DOW-UAP-D48, Department of the Air Force Report, 1996
Agency: Department of War
Incident date: 9/10/96
Page 34
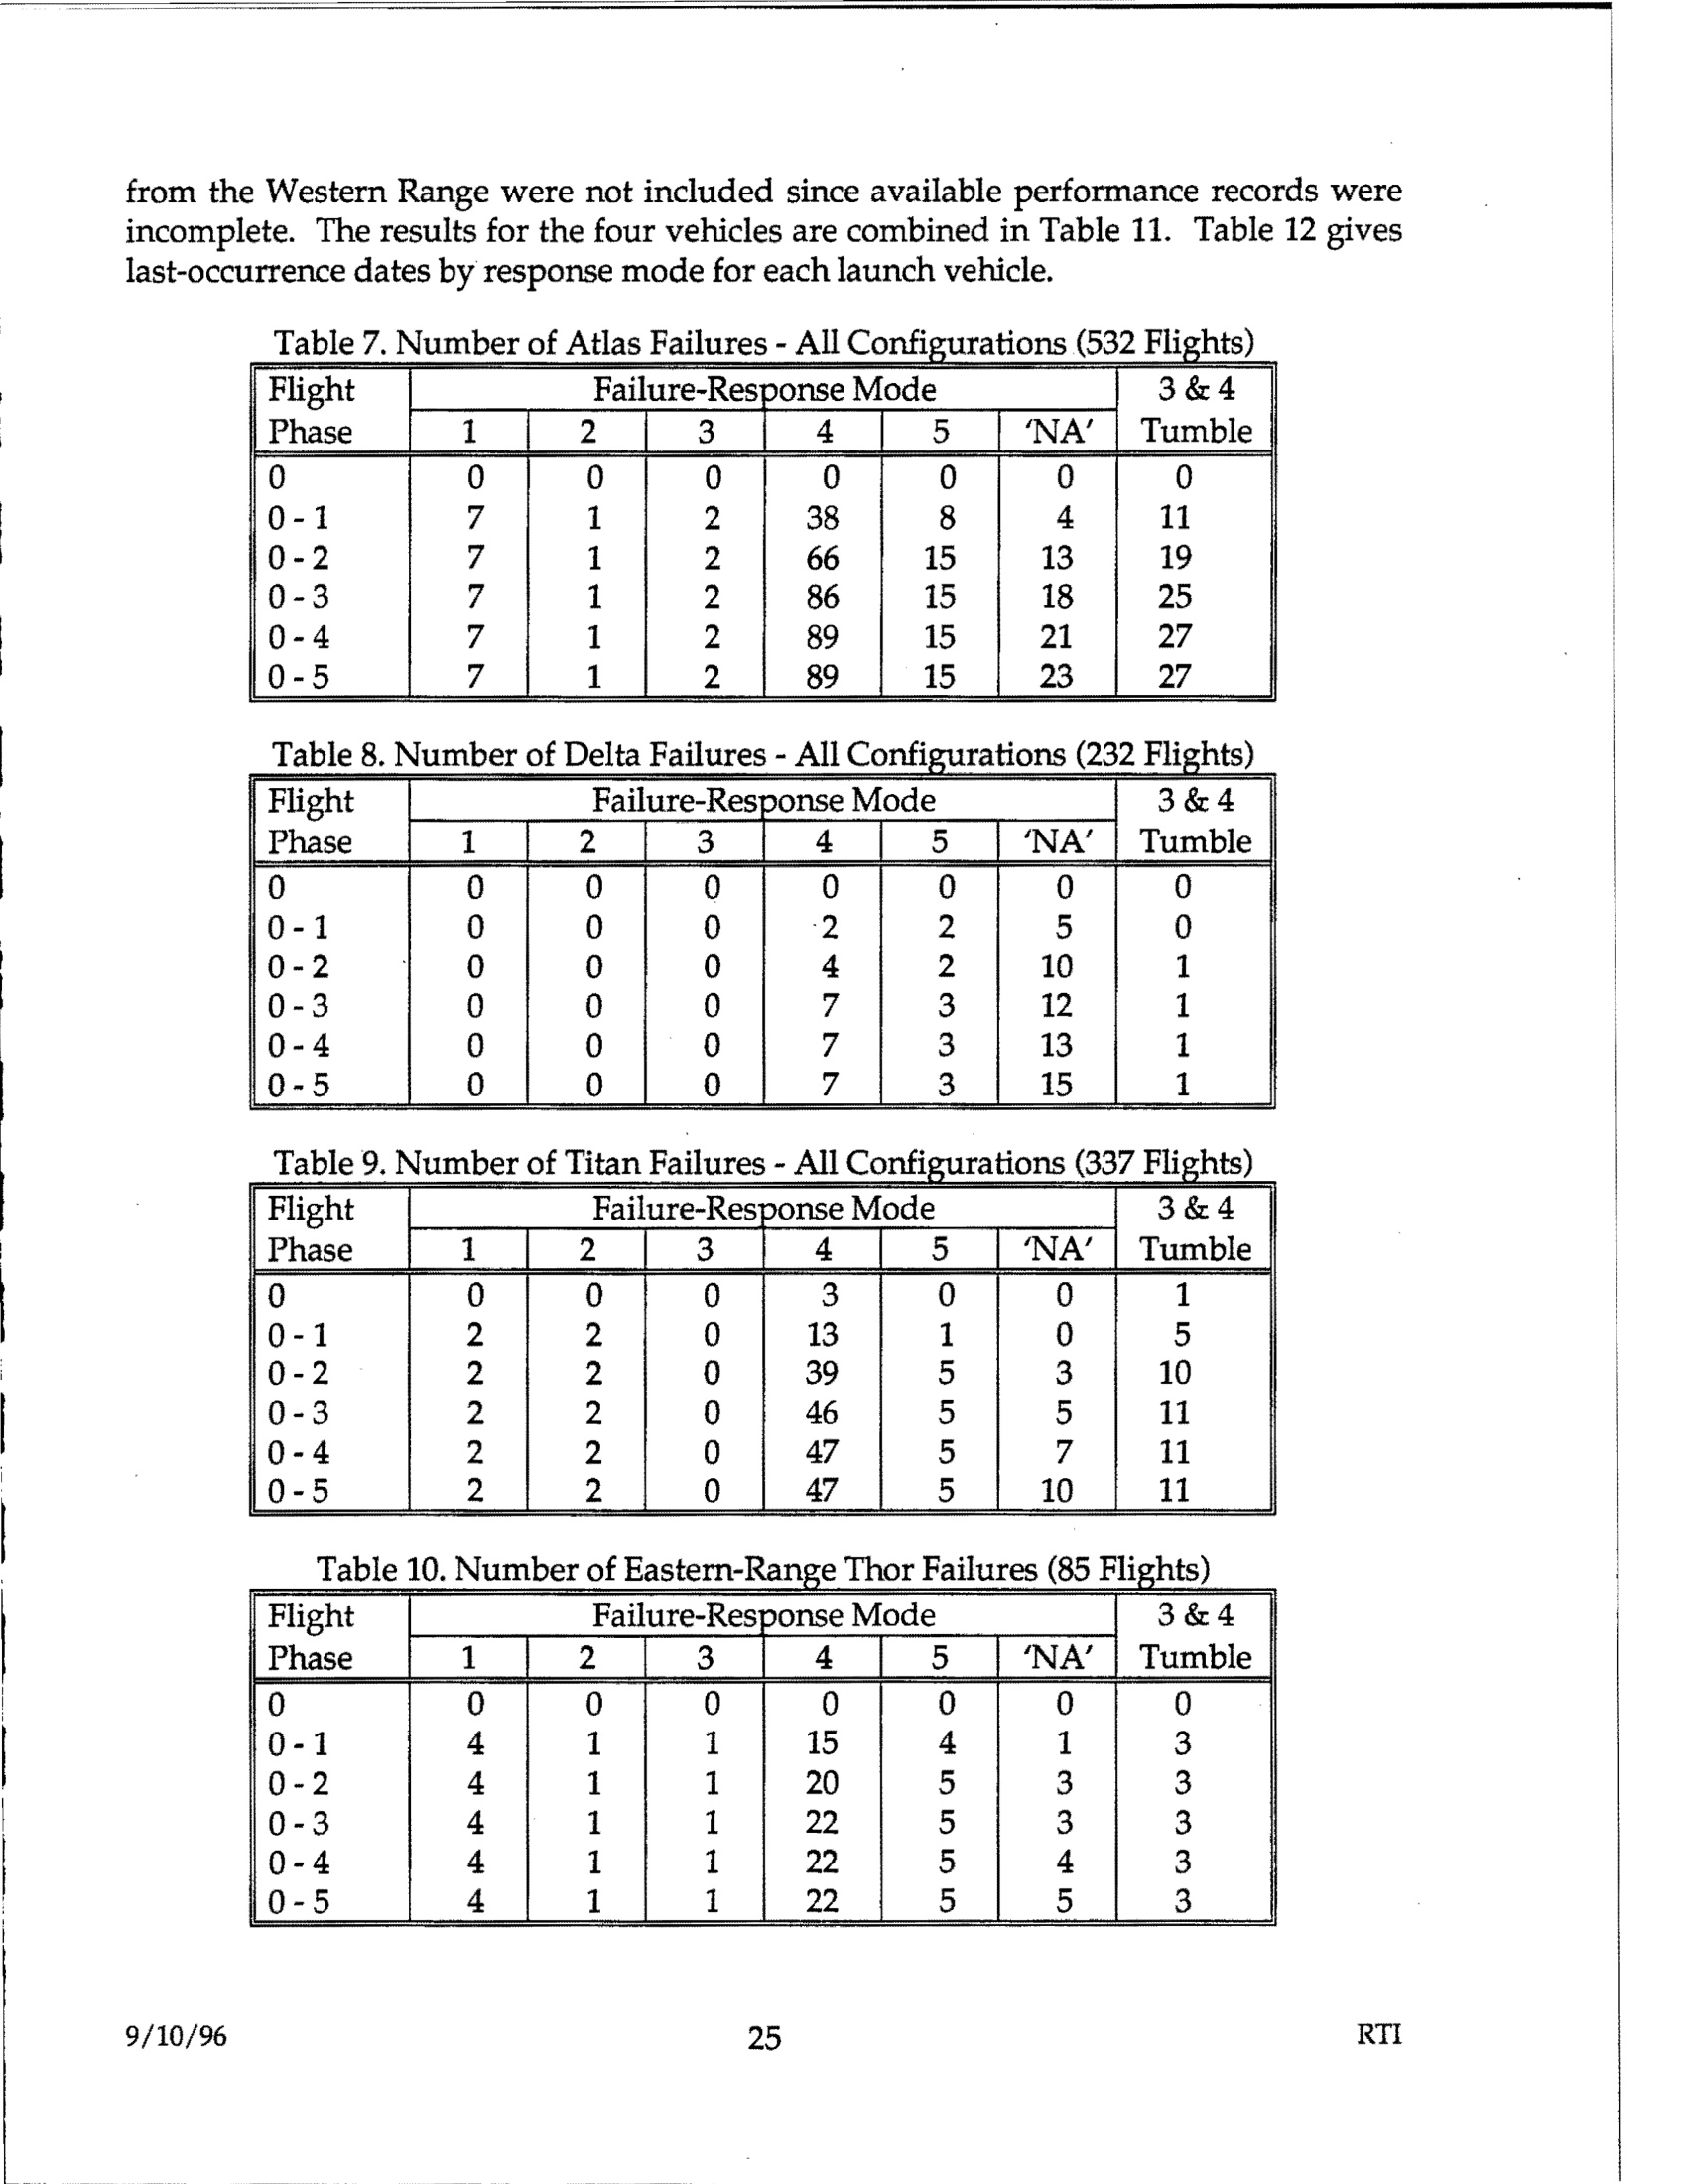